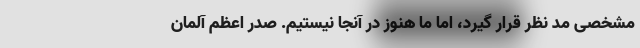
مشخصی مد نظر قرار گیرد، اما ما هنوز در آنجا نیستیم. صدر اعظم آلمان